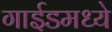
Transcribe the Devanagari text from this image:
गाईडमध्ये